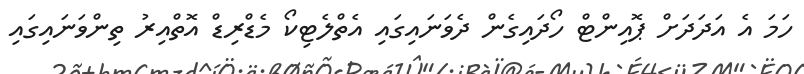
ހަމަ އެ އަދަދަށް ޕޮއިންޓް ހޯދައިގެން ދެވަނައިގައި އެތްލެޓިކޯ މެޑްރިޑް އޮތްއިރު ތިންވަނައިގައި